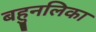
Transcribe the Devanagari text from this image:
बहुनलिका